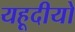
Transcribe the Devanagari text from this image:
यहूदीयो